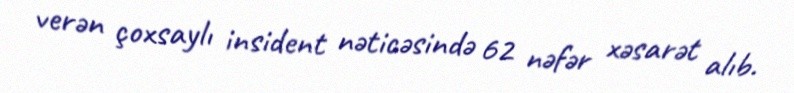
verən çoxsaylı insident nəticəsində 62 nəfər xəsarət alıb.